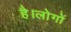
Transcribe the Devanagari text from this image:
है।लोगों